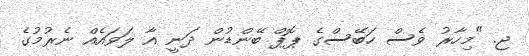
ޖ. "މިހާރު ވެސް ހަބޭސްގެ ޕޮޕް ބޭންޑުން ދަނީ އާ ލަވައެއް ނެރުމުގެ